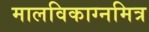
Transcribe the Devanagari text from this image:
मालविकाग्नमित्र